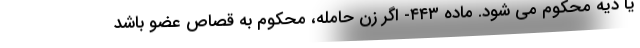
یا دیه محکوم می شود. ماده ۴۴۳- اگر زن حامله، محکوم به قصاص عضو باشد